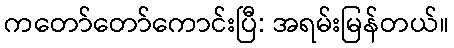
ကတော်တော်ကောင်းပြီ: အရမ်းမြန်တယ်။